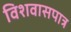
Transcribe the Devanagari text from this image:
विशवासपात्र